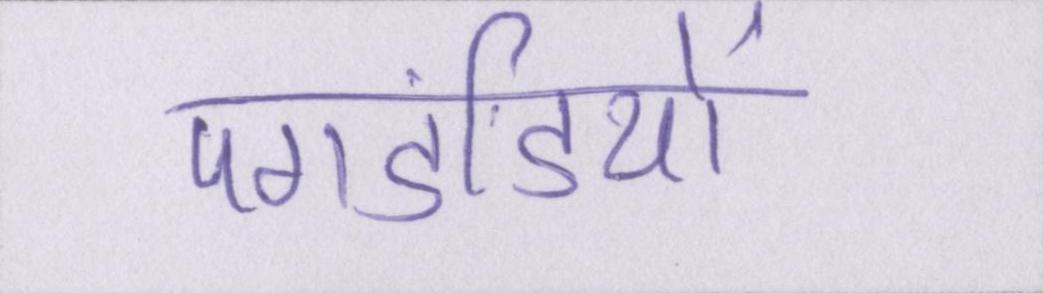
पगडंडियों